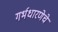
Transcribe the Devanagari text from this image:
गर्भधारणेचे